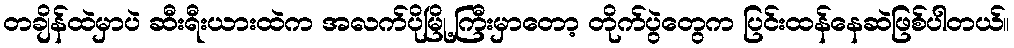
တချိန်ထဲမှာပဲ ဆီးရီးယားထဲက အလက်ပိုမြို့ကြီးမှာတော့ တိုက်ပွဲတွေက ပြင်းထန်နေဆဲဖြစ်ပါတယ်။